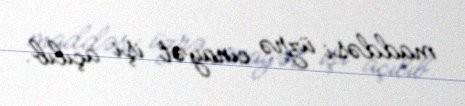
maddəsi üzrə cinayət işi açılıb.